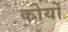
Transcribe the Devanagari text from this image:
कोयों